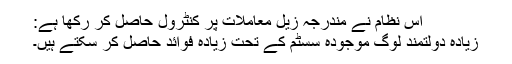
اس نظام نے مندرجہ زیل معاملات پر کنٹرول حاصل کر رکھا ہے:
زیادہ دولتمند لوگ موجودہ سسٹم کے تحت زیادہ فوائد حاصل کر سکتے ہیں۔